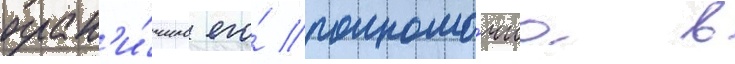
огран'и́чило его́ полномо́чиа в